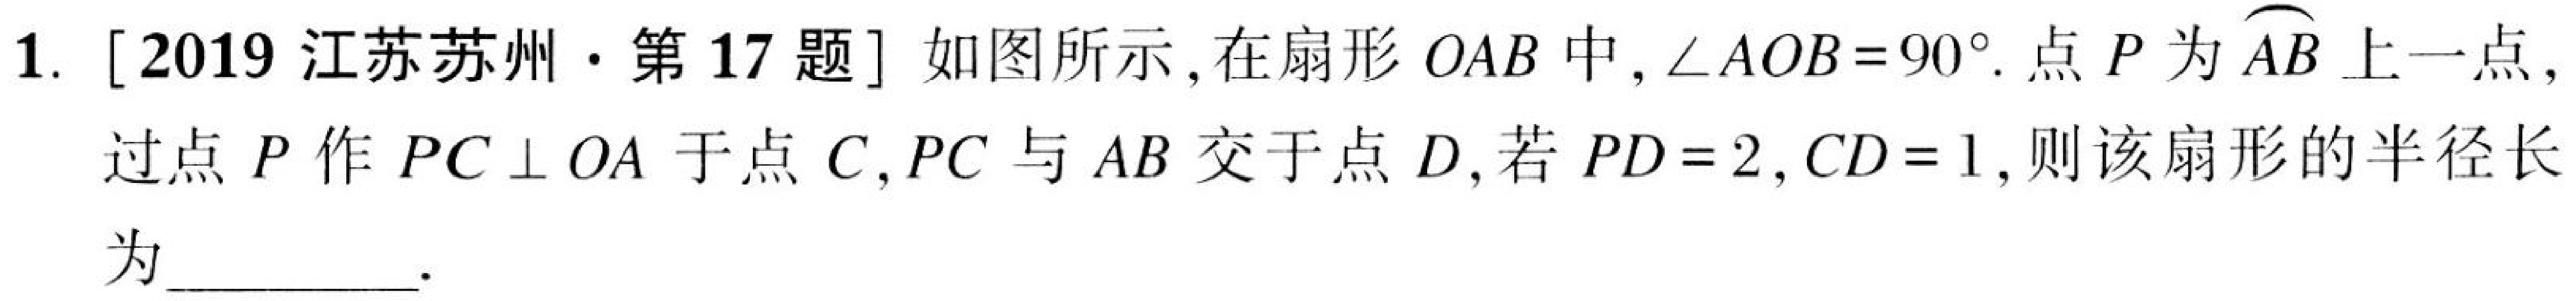
1. [2019江苏苏州·第17题] 如图所示,在扇形\(OAB\)中,\(\angle AOB = 90^{\circ}\).点\(P\)为\(\overset{\frown}{AB}\)上一点,
过点\(P\)作\(PC\perp OA\)于点\(C\),\(PC\)与\(AB\)交于点\(D\),若\(PD = 2\),\(CD = 1\),则该扇形的半径长为____________.